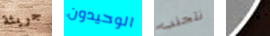
جريئة الوحيدون نتجنب نسمعه